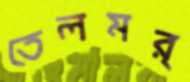
তেলমর্